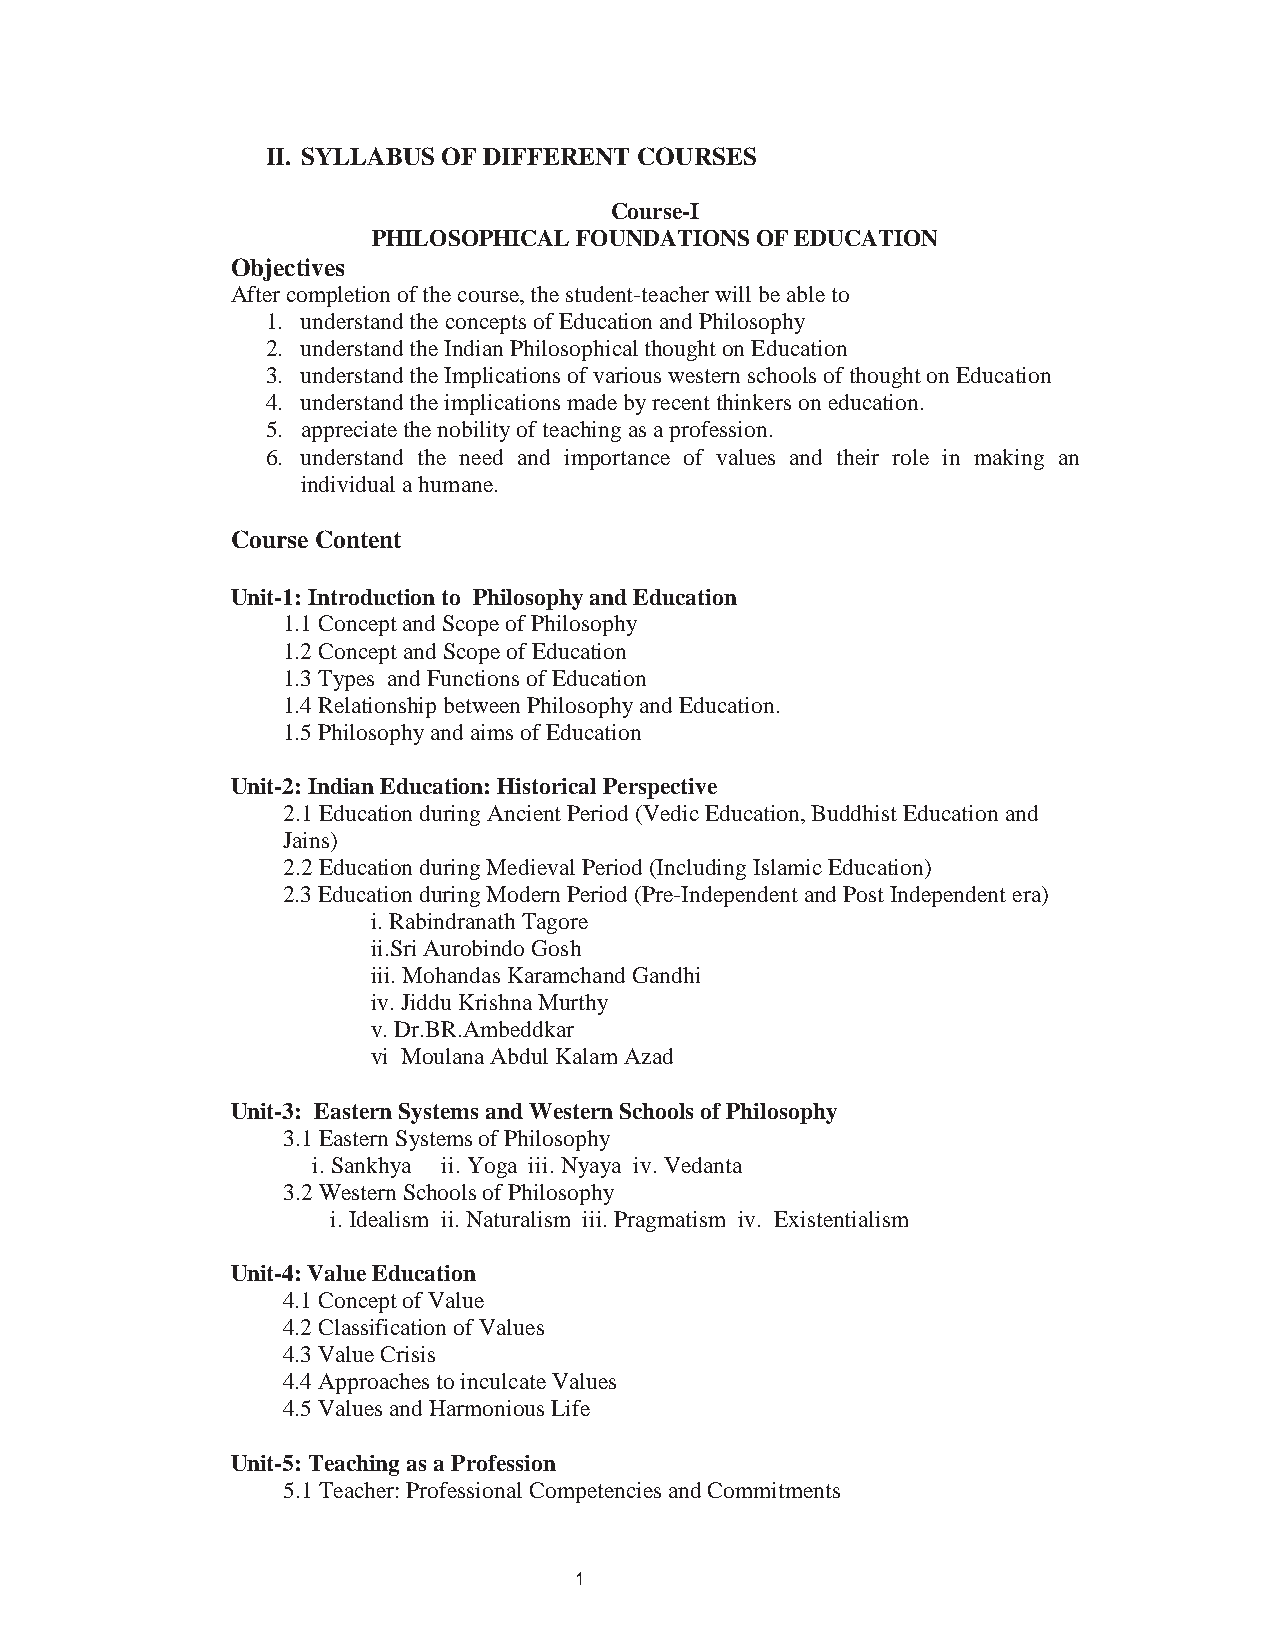
3
 II. SYLLABUS OF DIFFERENT COURSES
 Course-I
 PHILOSOPHICAL FOUNDATIONS OF EDUCATION
 Objectives
 After completion of the course, the student-teacher will be able to
 1. understand the concepts of Education and Philosophy
 2. understand the Indian Philosophical thought on Education
 3. understand the Implications of various western schools of thought on Education
 4. understand the implications made by recent thinkers on education.
 5. appreciate the nobility of teaching as a profession.
 6. understand the need and importance of values and their role in making an
 individual a humane.
 Course Content
 Unit-1: Introduction to Philosophy and Education
 1.1Concept and Scope of Philosophy
 1.2Concept and Scope of Education
 1.3Types and Functions of Education
 1.4Relationship between Philosophy and Education.
 1.5Philosophy and aims of Education
 Unit-2: Indian Education: Historical Perspective
 2.1 Education during Ancient Period (Vedic Education, Buddhist Education and
 Jains)
 2.2 Education during Medieval Period (Including Islamic Education)
 2.3 Education during Modern Period (Pre-Independent and Post Independent era)
 i. Rabindranath Tagore
 ii.Sri Aurobindo Gosh
 iii. Mohandas Karamchand Gandhi
 iv. Jiddu Krishna Murthy
 v. Dr.BR.Ambeddkar
 vi Moulana Abdul Kalam Azad
 Unit-3: Eastern Systems and Western Schools of Philosophy
 3.1 Eastern Systems of Philosophy
 i. Sankhya ii. Yoga iii. Nyaya iv. Vedanta
 3.2 Western Schools of Philosophy
 i. Idealism ii. Naturalism iii. Pragmatism iv. Existentialism
 Unit-4: Value Education
 4.1 Concept of Value
 4.2 Classification of Values
 4.3 Value Crisis
 4.4 Approaches to inculcate Values
 4.5 Values and Harmonious Life
 Unit-5: Teaching as a Profession
 5.1Teacher: Professional Competencies and Commitments
 1